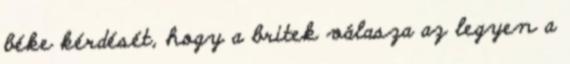
béke kérdését, hogy a britek válasza az legyen a